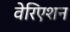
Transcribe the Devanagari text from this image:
वेरिएशन